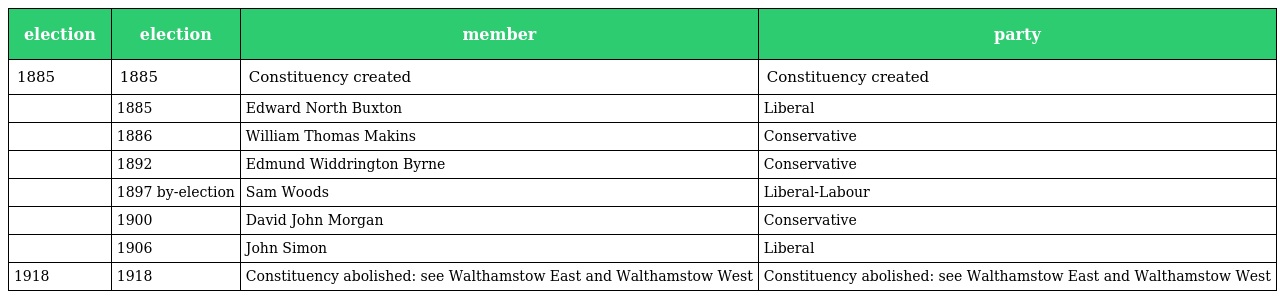
| election | election | member | party |
 | --- | --- | --- | --- |
 | 1885 | 1885 | Constituency created | Constituency created |
 |  | 1885 | Edward North Buxton | Liberal |
 |  | 1886 | William Thomas Makins | Conservative |
 |  | 1892 | Edmund Widdrington Byrne | Conservative |
 |  | 1897 by-election | Sam Woods | Liberal-Labour |
 |  | 1900 | David John Morgan | Conservative |
 |  | 1906 | John Simon | Liberal |
 | 1918 | 1918 | Constituency abolished: see Walthamstow East and Walthamstow West | Constituency abolished: see Walthamstow East and Walthamstow West |